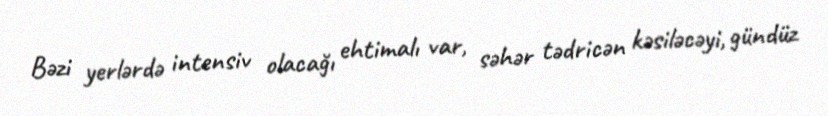
Bəzi yerlərdə intensiv olacağı ehtimalı var, səhər tədricən kəsiləcəyi, gündüz